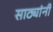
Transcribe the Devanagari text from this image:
साठ्यांनी